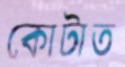
কোটাত